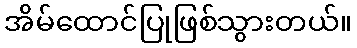
အိမ်ထောင်ပြုဖြစ်သွားတယ်။